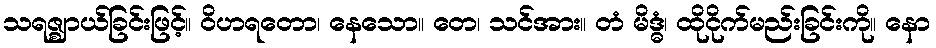
သရဇ္ဈာယ်ခြင်းဖြင့်။ ဝိဟရတော၊ နေသော။ တေ၊ သင်အား။ တံ မိဒ္ဓံ၊ ထိုငိုက်မည်းခြင်းကို။ နော